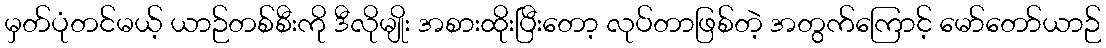
မှတ်ပုံတင်မယ့် ယာဉ်တစ်စီးကို ဒီလိုမျိုး အစားထိုးပြီးတော့ လုပ်တာဖြစ်တဲ့ အတွက်ကြောင့် မော်တော်ယာဉ်